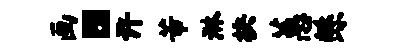
画。许芾淋抉蕙鲧